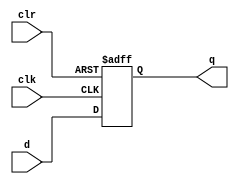
module dff_async_clear (
    input wire clk,
    input wire clr,
    input wire d,
    output reg q
);

always @(posedge clk or posedge clr) begin
    if (clr) begin
        q <= 1'b0;
    end else begin
        q <= d;
    end
end

endmodule